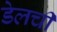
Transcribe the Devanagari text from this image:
डेलची